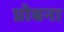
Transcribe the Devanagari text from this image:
प्रोबना